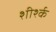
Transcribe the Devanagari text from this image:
शीर्श्क